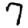
Digit: 7